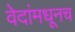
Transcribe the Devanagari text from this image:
वेदांमधूनच